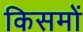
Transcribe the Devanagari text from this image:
किसमों